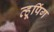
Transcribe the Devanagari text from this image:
व्हूपिंग